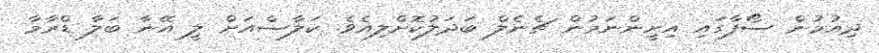
ދިއުމުން ސޯފާގައި އިށީންނަމުން ޗެނެލް ބަދަލުކޮށްލިއެވެ. ކަލާސްއަށް ލީ އޭނާ ބަލާ ޑްރާމާ